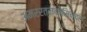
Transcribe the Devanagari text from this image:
अमररत्नकोसिन्द्र